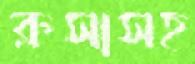
রুসাসহ